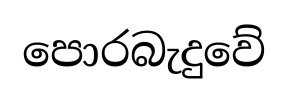
පොරබැදුවේ